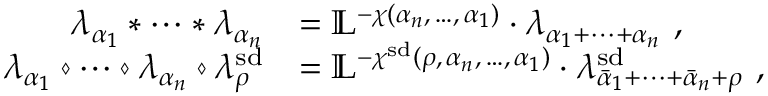
\begin{array} { r l } { \lambda _ { \alpha _ { 1 } } * \cdots * \lambda _ { \alpha _ { n } } } & { = \mathbb { L } ^ { - \chi ( \alpha _ { n } , \, \dotsc , \, \alpha _ { 1 } ) } \cdot \lambda _ { \alpha _ { 1 } + \cdots + \alpha _ { n } } \ , } \\ { \lambda _ { \alpha _ { 1 } } \diamond \cdots \diamond \lambda _ { \alpha _ { n } } \diamond \lambda _ { \rho } ^ { \smash { \mathrm { s d } } } } & { = \mathbb { L } ^ { - \chi ^ { \smash { \mathrm { s d } } } ( \rho , \, \alpha _ { n } , \, \dotsc , \, \alpha _ { 1 } ) } \cdot \lambda _ { \bar { \alpha } _ { 1 } + \cdots + \bar { \alpha } _ { n } + \rho } ^ { \smash { \mathrm { s d } } } \ , } \end{array}